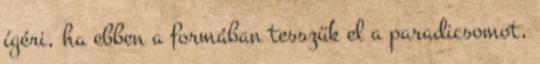
ígéri, ha ebben a formában tesszük el a paradicsomot,